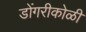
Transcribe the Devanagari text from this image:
डोंगरीकोळी